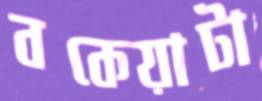
বকেয়াটা